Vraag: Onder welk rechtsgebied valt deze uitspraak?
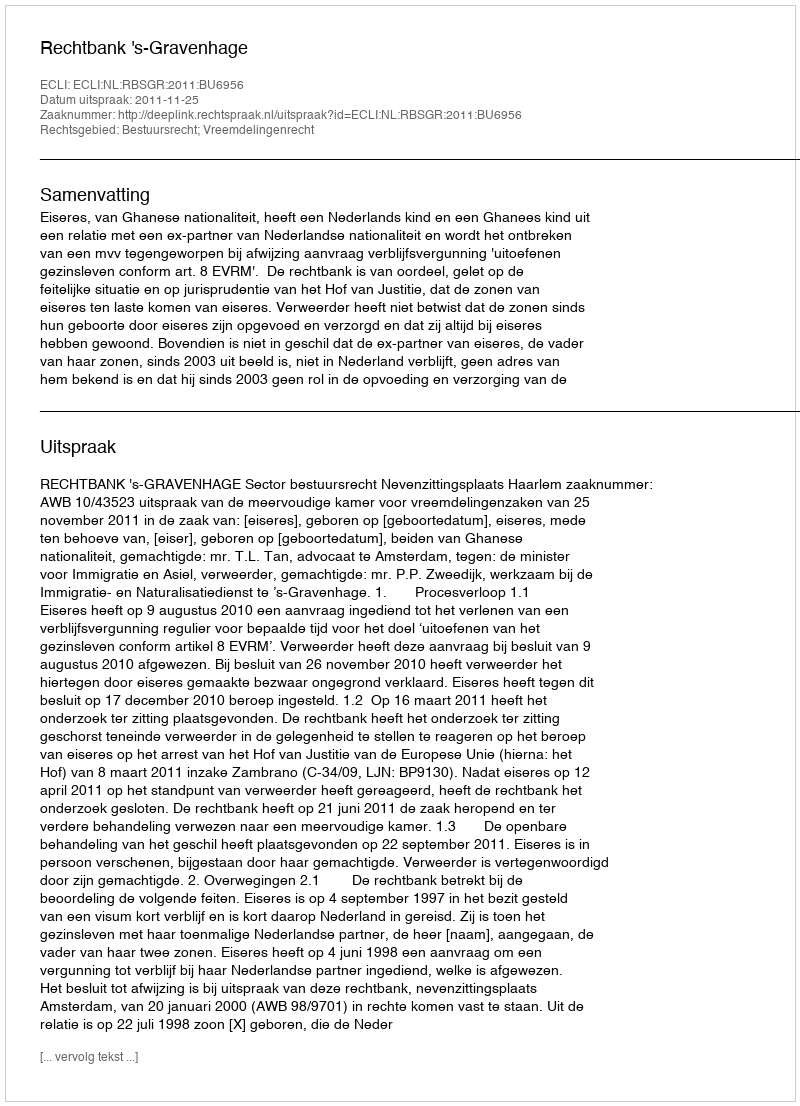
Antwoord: Bestuursrecht; Vreemdelingenrecht